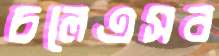
চলেএসব